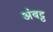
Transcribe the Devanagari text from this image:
अंबट्ठ